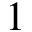
1